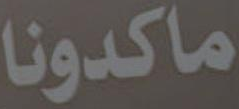
ماكدونا